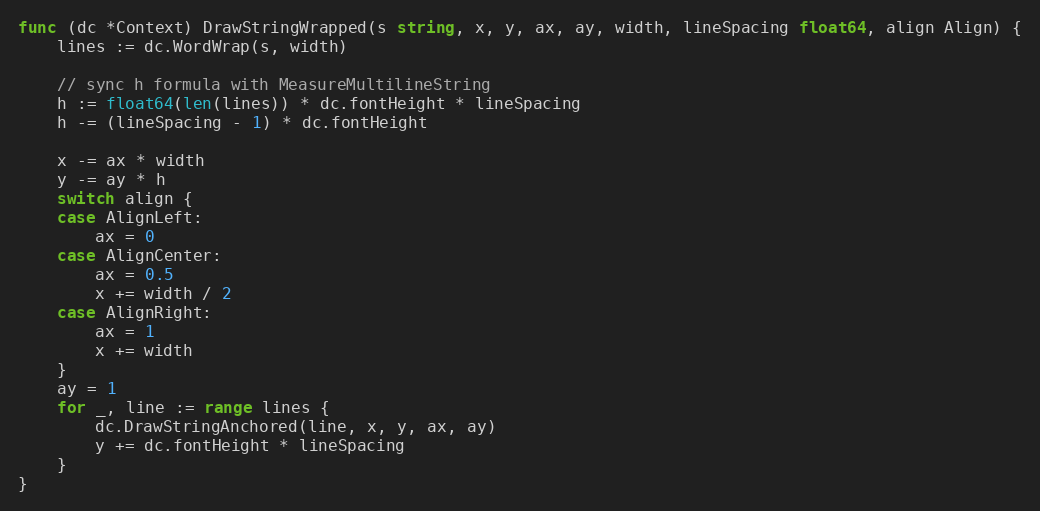
Language: Go
func (dc *Context) DrawStringWrapped(s string, x, y, ax, ay, width, lineSpacing float64, align Align) {
	lines := dc.WordWrap(s, width)

	// sync h formula with MeasureMultilineString
	h := float64(len(lines)) * dc.fontHeight * lineSpacing
	h -= (lineSpacing - 1) * dc.fontHeight

	x -= ax * width
	y -= ay * h
	switch align {
	case AlignLeft:
		ax = 0
	case AlignCenter:
		ax = 0.5
		x += width / 2
	case AlignRight:
		ax = 1
		x += width
	}
	ay = 1
	for _, line := range lines {
		dc.DrawStringAnchored(line, x, y, ax, ay)
		y += dc.fontHeight * lineSpacing
	}
}